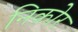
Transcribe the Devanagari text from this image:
निकोर